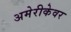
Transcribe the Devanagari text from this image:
अमेरीकेवर